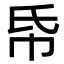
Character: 帋